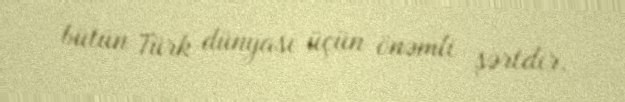
bütün Türk dünyası üçün önəmli şərtdir.